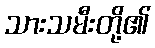
သားသမီးတို့၏